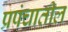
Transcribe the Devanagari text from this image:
प्रपंचातील